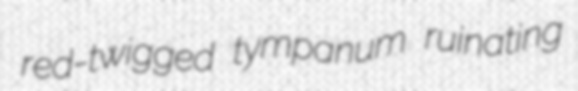
red-twigged tympanum ruinating